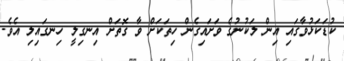
ކުޑަކަޅުވާގައި އިން ލަކުނުގެ ވަށައިގެން ހިތަކަށް ވާ ގޮތަށް އިނގިލީ ހިނގައިލި އެވެ.